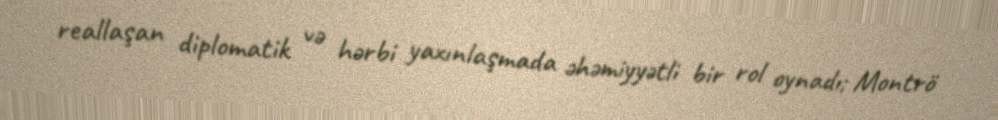
reallaşan diplomatik və hərbi yaxınlaşmada əhəmiyyətli bir rol oynadı; Montrö